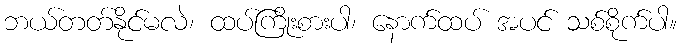
ဘယ်တတ်နိုင်မလဲ၊ ထပ်ကြိုးစားပါ၊ နောက်ထပ် အပင် သစ်စိုက်ပါ။